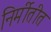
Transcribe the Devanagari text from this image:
निर्मीतीत